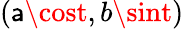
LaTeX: (\mathsf{a}\cost,b\sint)